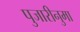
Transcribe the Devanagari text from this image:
पुजारीनुमा